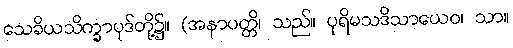
သေခိယသိက္ခာပုဒ်တို့၌။ (အနာပတ္တိ၊ သည်။ ပုရိမသဒိသာယေဝ၊ သာ။